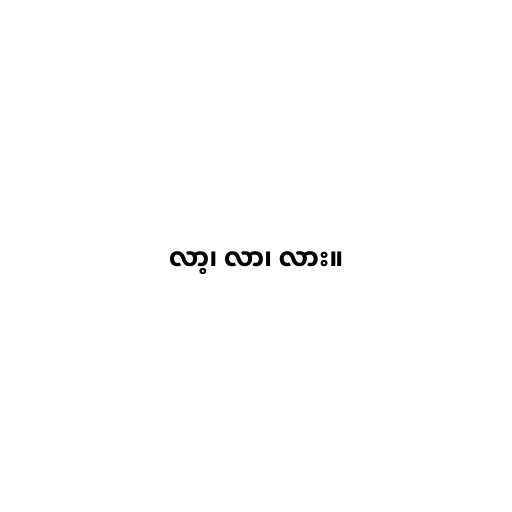
လာ့၊ လာ၊ လား။